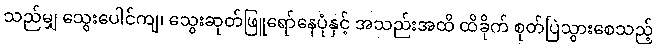
သည်မျှ သွေးပေါင်ကျ၊ သွေးဆုတ်ဖြူရော်နေပုံနှင့် အသည်းအထိ ထိခိုက် စုတ်ပြဲသွားစေသည့်